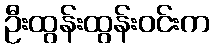
ဦးထွန်းထွန်းဝင်းက